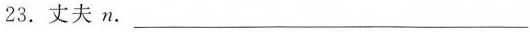
23. 丈夫 n. ___